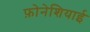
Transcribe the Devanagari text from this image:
फ़ोनेशियाई